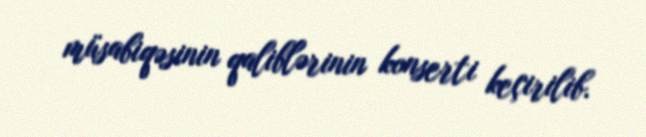
müsabiqəsinin qaliblərinin konserti keçirilib.